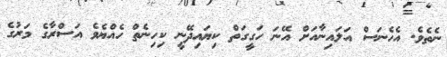
ނެތެވެ. އެހެނަސް އަލައިނާއަށް އޭނަ ހަގީގަތް ކިޔައިދޭނީ ކިހިނެތް ހެއްޔެވެ އަސްރާގެ މަރުގެ